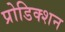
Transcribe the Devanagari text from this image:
प्रोडिक्शन